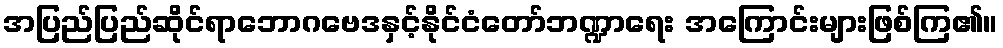
အပြည်ပြည်ဆိုင်ရာဘောဂဗေဒနှင့်နိုင်ငံတော်ဘဏ္ဍာရေး အကြောင်းများဖြစ်ကြ၏။